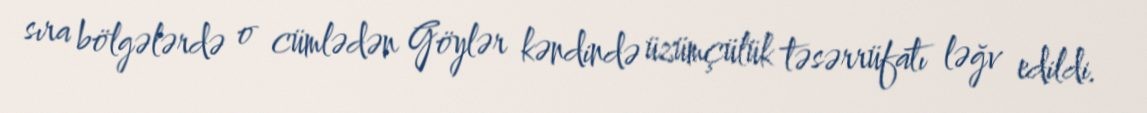
sıra bölgələrdə o cümlədən Göylər kəndində üzümçülük təsərrüfatı ləğv edildi.